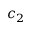
c _ { 2 }